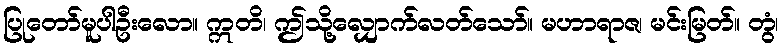
ပြုတော်မူပါဦးလော။ ဣတိ၊ ဤသို့လျှောက်လတ်သော်။ မဟာရာဇ၊ မင်းမြတ်။ တွံ၊